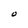
Character: O